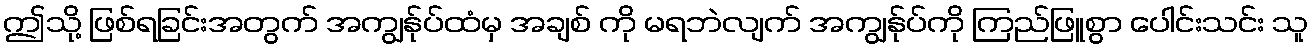
ဤသို့ ဖြစ်ရခြင်းအတွက် အကျွန်ုပ်ထံမှ အချစ် ကို မရဘဲလျက် အကျွန်ုပ်ကို ကြည်ဖြူစွာ ပေါင်းသင်း သူ